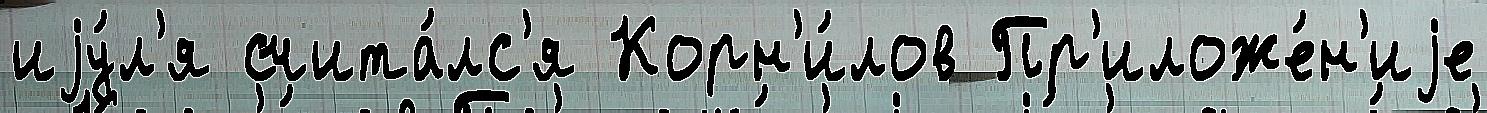
иjу́л'я счита́лс'я Корн'и́лов Пр'иложе́н'иjе